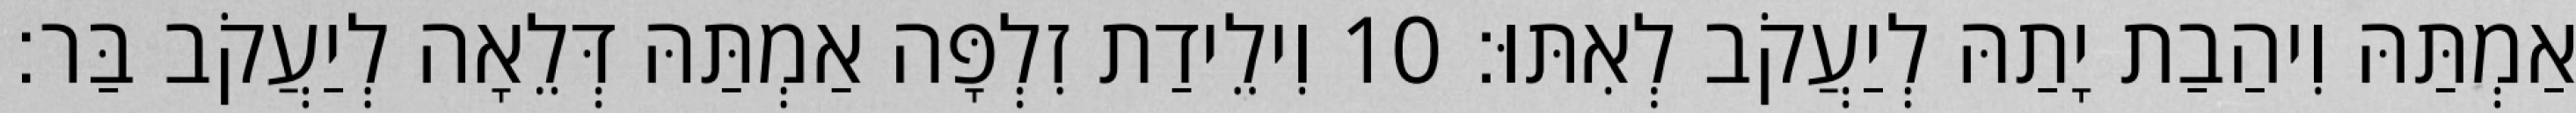
אַמְתַּהּ וִיהַבַת יָתַהּ לְיַעֲקֹב לְאִתּוּ׃ 10 וִילֵידַת זִלְפָּה אַמְתַּהּ דְּלֵאָה לְיַעֲקֹב בַּר׃